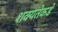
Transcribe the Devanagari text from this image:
शक्यतेकडे